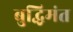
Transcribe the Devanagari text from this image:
बुद्धिमंत